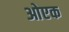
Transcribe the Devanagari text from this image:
ओएक